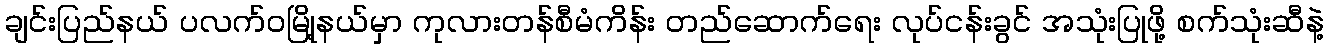
ချင်းပြည်နယ် ပလက်ဝမြို့နယ်မှာ ကုလားတန်စီမံကိန်း တည်ဆောက်ရေး လုပ်ငန်းခွင် အသုံးပြုဖို့ စက်သုံးဆီနဲ့